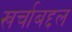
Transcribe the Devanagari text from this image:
खर्चाबद्दल